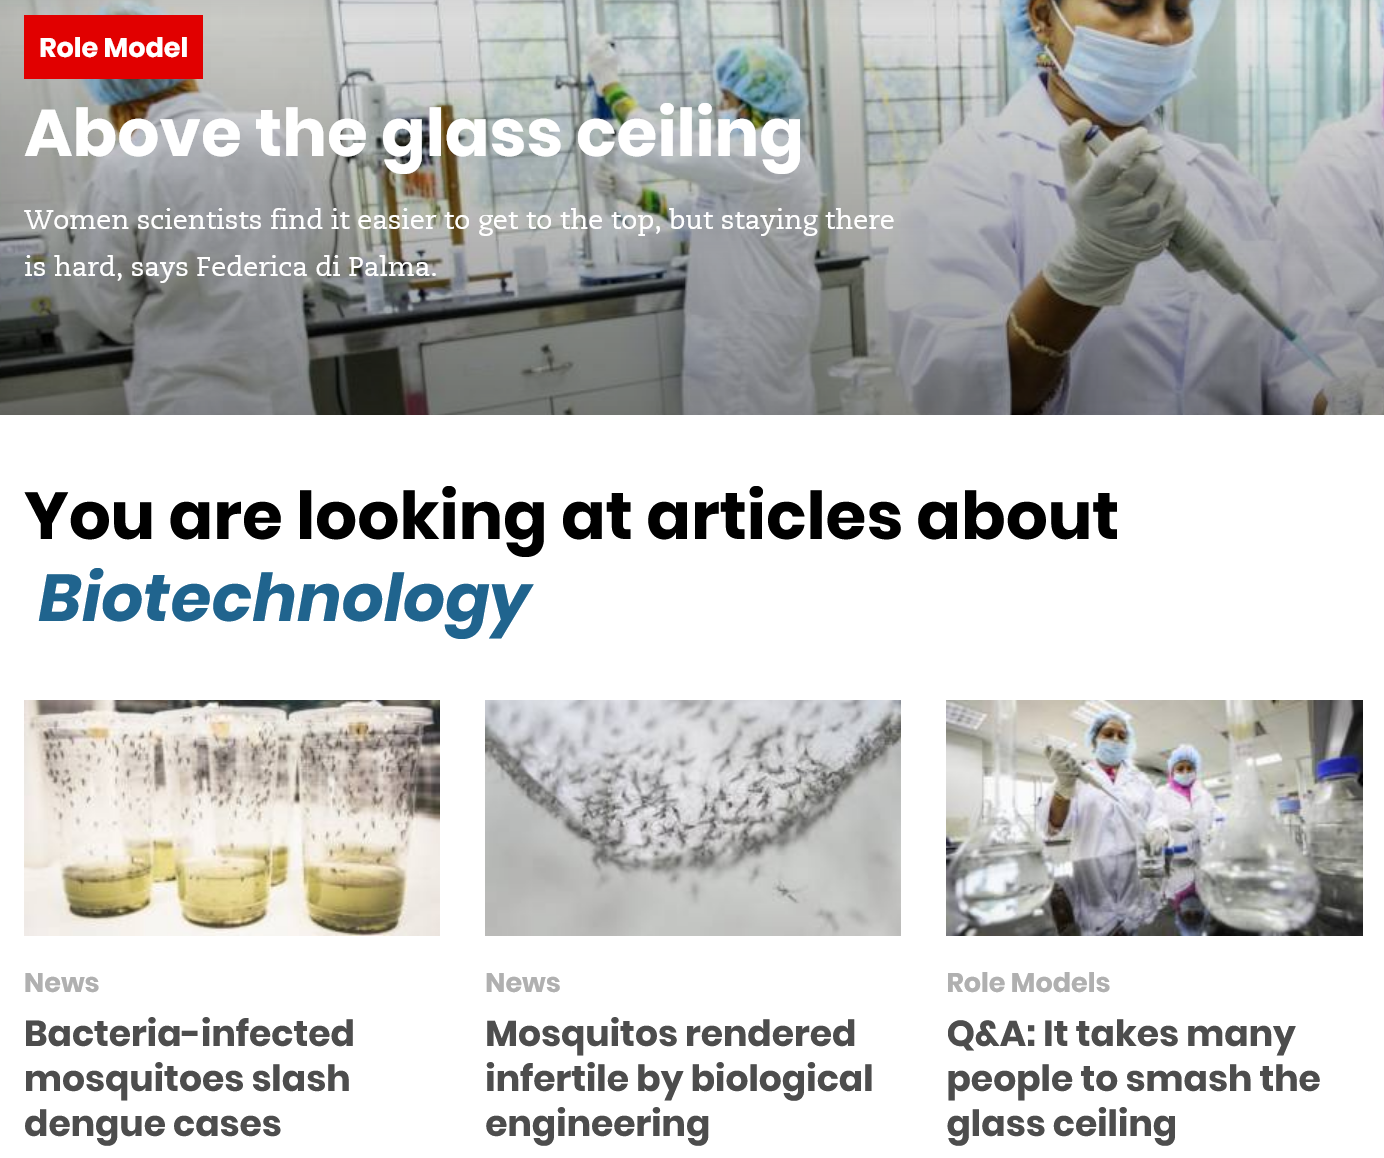
Above'tthe glass ceiling
  Role Model
  You are looking at articles about
  Biotechnology
  Bacteria-infected
  mosquitoes slash
  dengue cases
     Mosquitos rendered
     infertile by biological
     engineering
     Q&A: It takes many
     people to smash the
     glass ceiling
     Role Models News News